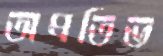
অপ্রতিভ